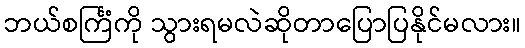
ဘယ်စင်္ကြံကို သွားရမလဲဆိုတာပြောပြနိုင်မလား။